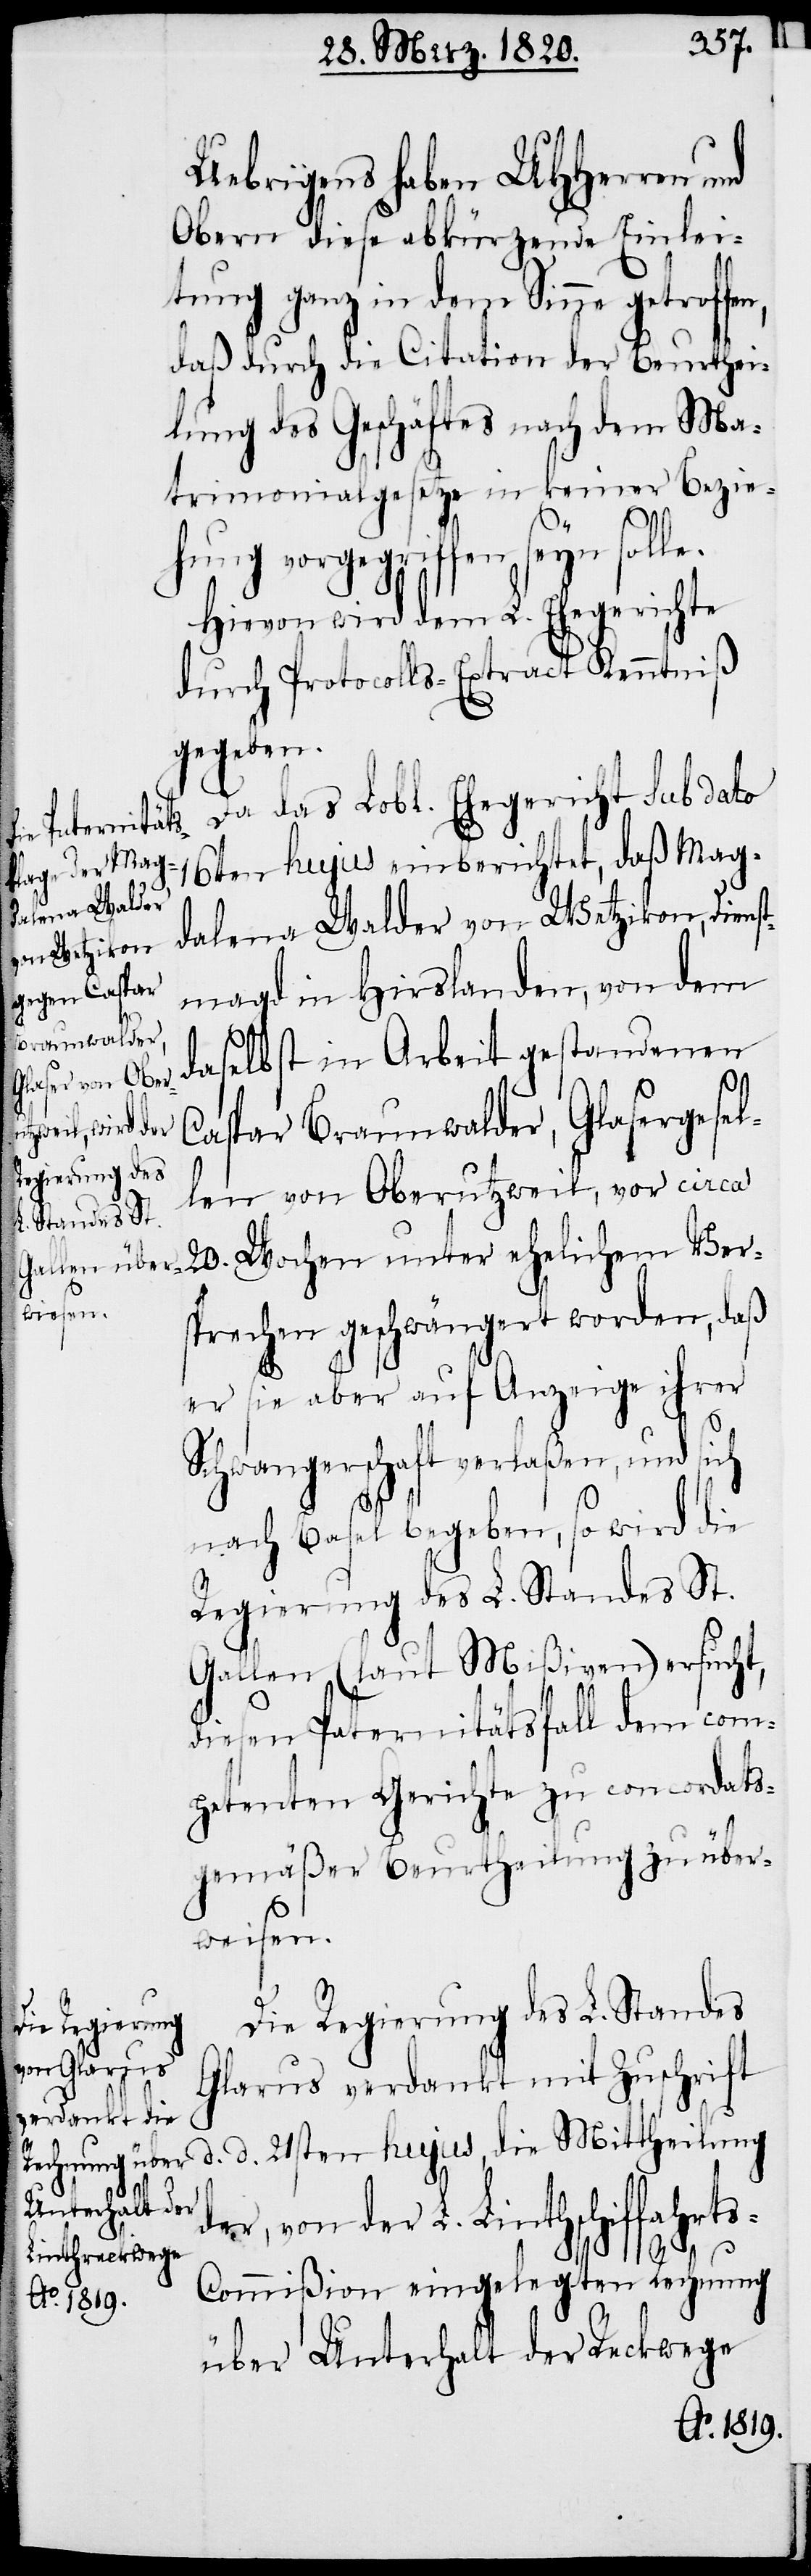
Uebrigens haben UHHerren
Obern diese abkürzende Einlei¬
tung ganz in dem Sinne getroffe¬
daß durch die Citation der Beurthei¬
lung des Geschäftes nach dem Ma¬
trimonialgesetze in keiner Bezie¬
hung vorgegriffen seyn solle.
Hievon wird dem L. Ehegerichte
durch Protocolls-Extract Kenntniß
gegeben.
Da das Lobl. Ehegericht sub dato
16ten hujus einberichtet, daß Mag¬
dalena Walder von Wetzikon, Diens¬
tmagd in Hirslanden, von dem
daselbst in Arbeit gestandenen
Caspar Braunwalder, Glasergesel¬
len von Oberutzweil, vor circa
20. Wochen unter ehelichem Ver¬
sprechen geschwängert worden, daß
er sie aber auf Anzeige ihrer
n,
Schwangerschaft verlaßen, und sich
nach Basel begeben, so wird die
Regierung des L. Standes St.
Gallen (laut Mißiven) ersucht,
diesen Paternitätsfall dem com¬
petenten Gerichte zu concordats¬
gemäßer Beurtheilung zu über¬
weisen.
Die Regierung des L. Standes
Glarus verdankt mit Zuschrift
d. d. 21sten hujus, die Mittheilung
der, von der L. Linthschiffahrt¬
s-Commißion eingelegten Rechnung
über Unterhalt der Reckwege